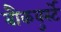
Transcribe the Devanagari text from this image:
बौकवुर्स्टे